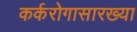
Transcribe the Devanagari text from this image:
कर्करोगासारख्या